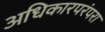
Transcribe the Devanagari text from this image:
अधिकारपरंपरा